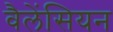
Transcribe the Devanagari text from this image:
वैलेंसियन